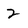
Character: 2